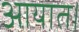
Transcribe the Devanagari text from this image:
आयात।